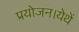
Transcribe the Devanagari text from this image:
प्रयोजन।येथें